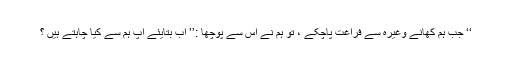
‘‘ جب ہم کھانے وغیرہ سے فراغت پاچکے ، تو ہم نے اس سے پوچھا :’’ اب بتایئے آپ ہم سے کیا چاہتے ہیں ؟